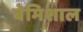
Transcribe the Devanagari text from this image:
बेमिशाल